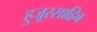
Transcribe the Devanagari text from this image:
हुजूरसाहिब